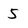
Character: 5